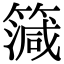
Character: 𥳒